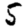
Digit: 5